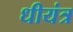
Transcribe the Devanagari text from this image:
धीयंत्र